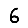
Digit: 6